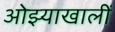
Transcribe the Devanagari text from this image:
ओझ्याखालीं